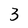
Character: 3